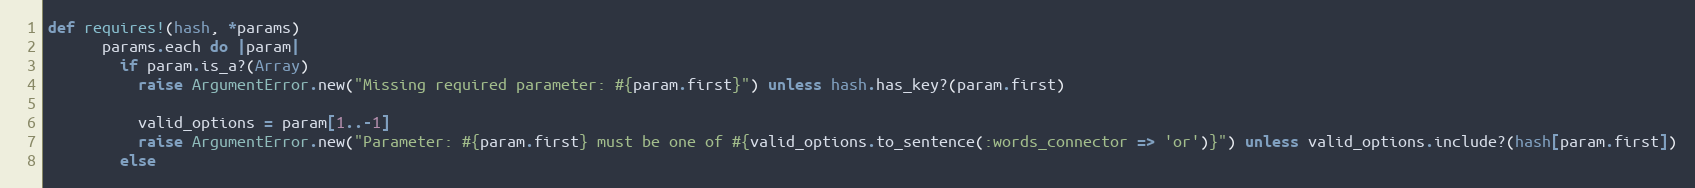
Language: Ruby
def requires!(hash, *params)
      params.each do |param|
        if param.is_a?(Array)
          raise ArgumentError.new("Missing required parameter: #{param.first}") unless hash.has_key?(param.first)

          valid_options = param[1..-1]
          raise ArgumentError.new("Parameter: #{param.first} must be one of #{valid_options.to_sentence(:words_connector => 'or')}") unless valid_options.include?(hash[param.first])
        else